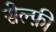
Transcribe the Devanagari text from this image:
सेल्फ़ी